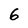
Character: 6